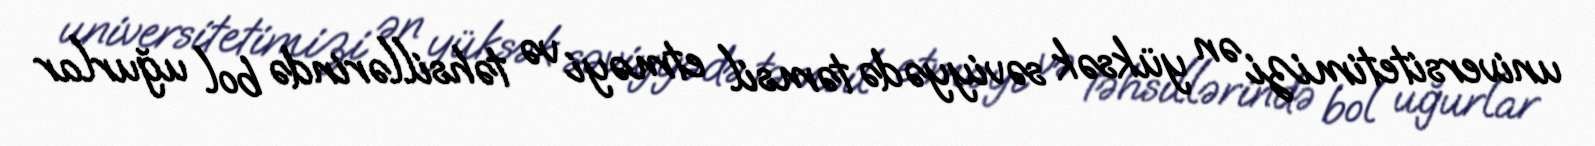
universitetimizi ən yüksək səviyyədə təmsil etməyi və təhsillərində bol uğurlar